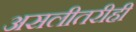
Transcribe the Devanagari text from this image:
असलीतरीही